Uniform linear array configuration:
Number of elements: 64
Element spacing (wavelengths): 1
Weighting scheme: kaiser
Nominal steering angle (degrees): -60
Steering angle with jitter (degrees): -58.484
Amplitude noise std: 0.05
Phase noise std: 0.05

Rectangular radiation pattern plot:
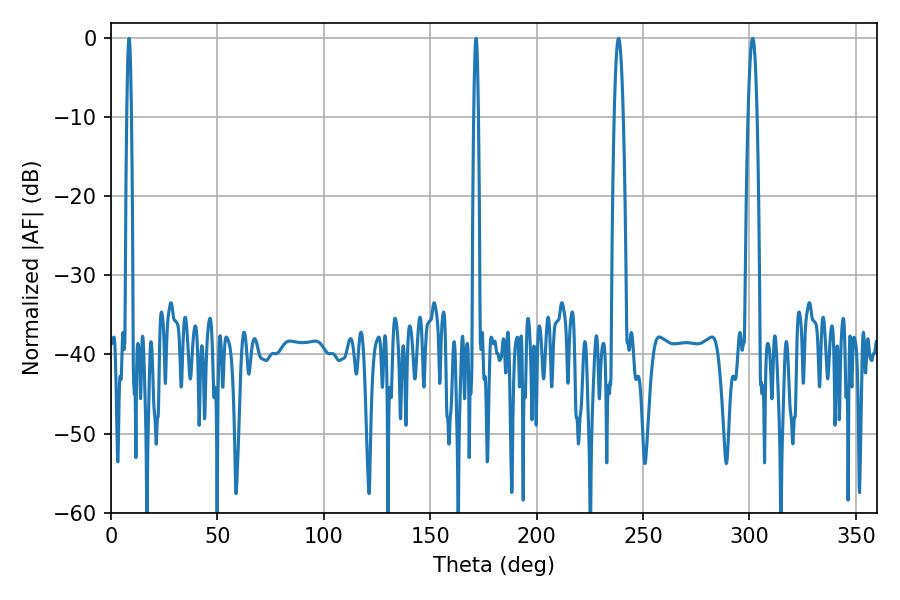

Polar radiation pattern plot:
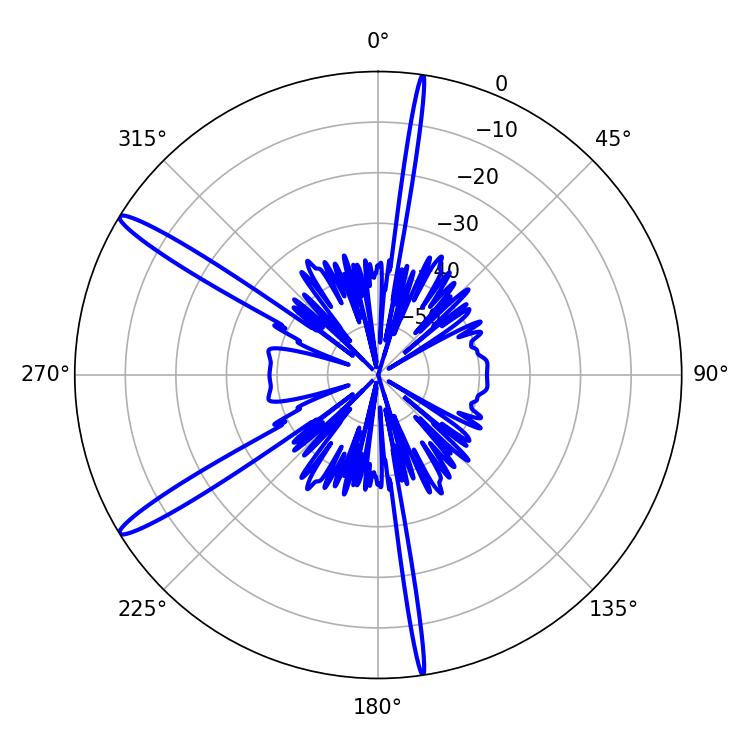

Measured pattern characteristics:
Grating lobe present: TRUE
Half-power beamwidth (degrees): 2.16
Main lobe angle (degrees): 301.5